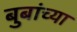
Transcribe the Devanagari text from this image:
बुबांच्या